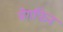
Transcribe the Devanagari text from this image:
मेगफिन